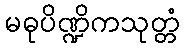
မဓုပိဏ္ဍိကသုတ္တံ